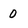
Character: 0